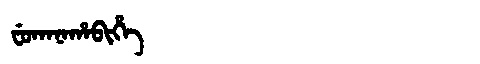
Manchu: ᠸᡠᡴᠠᠨᠠᡥᠠᠪᡳᡥᡝ
Romanization: FUKANAHABIHE